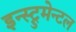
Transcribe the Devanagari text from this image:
इन्स्ट्रुमेन्टल